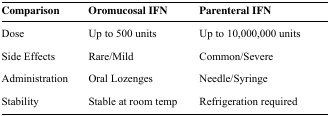
<table><thead><tr><td><b>Comparison</b></td><td><b>Oromucosal IFN</b></td><td><b>Parenteral IFN</b></td></tr></thead><tbody><tr><td>Dose</td><td>Up to 500 units</td><td>Up to 10,000,000 units</td></tr><tr><td>Side Effects</td><td>Rare/Mild</td><td>Common/Severe</td></tr><tr><td>Administration</td><td>Oral Lozenges</td><td>Needle/Syringe</td></tr><tr><td>Stability</td><td>Stable at room temp</td><td>Refrigeration required</td></tr></tbody></table>